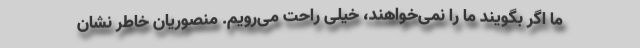
ما اگر بگویند ما را نمی‌خواهند، خیلی راحت می‌رویم. منصوریان خاطر نشان